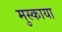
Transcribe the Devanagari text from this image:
मुस्काया